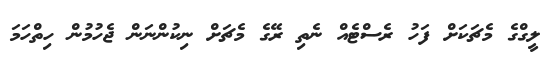
ލީގްގެ މެޗަކަށް ފަހު ރެސްޓެއް ނެތި ރޭގެ މެޗަށް ނިކުންނަން ޖެހުމުން ހިތްހަމަ